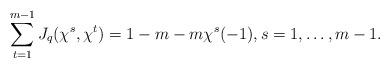
LaTeX: \begin{align*}\sum\limits_{t=1}^{m-1}J_q(\chi^s,\chi^t)=1-m-m\chi^s(-1),s=1,\dots,m-1.\end{align*}